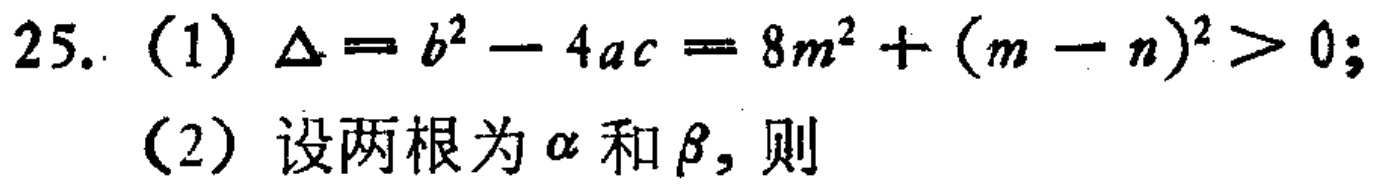
25. (1) \(\Delta = b^{2}-4ac = 8m^{2}+(m - n)^{2}>0\);
(2) 设两根为\(\alpha\)和\(\beta\)，则